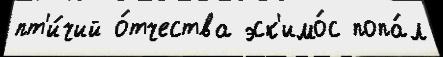
пт'и́чий о́тчества эск'имо́с попа́л